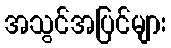
အသွင်အပြင်များ